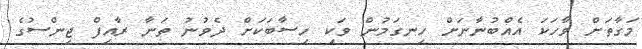
މަގާތަށް ވާހަކަ އެއްބުނާނަށް ހިނގަމުން ވަކި ހިސާބަކަށް ދެވުނު ތަނާ ރާއިފް ޖިންސުގެ